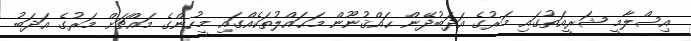
އިސްލާމީ ޝަރީއަތުގައި މަރުގެ އަދަބުދޭން ޙައްޤުނޫން މަޙައްލުތަކެއްގައި މީހުންގެ މައްޗަށް މަރުގެ އަދަބު